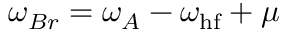
\omega _ { B r } = \omega _ { A } - \omega _ { \mathrm { h f } } + \mu